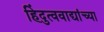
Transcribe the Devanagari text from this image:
हिंदुत्ववाद्यांच्या